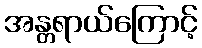
အန္တရာယ်ကြောင့်